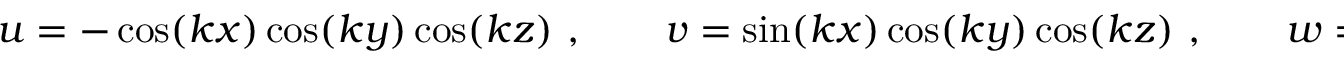
\begin{array} { r } { u = - \cos ( k x ) \cos ( k y ) \cos ( k z ) \ , \qquad v = \sin ( k x ) \cos ( k y ) \cos ( k z ) \ , \qquad w = 0 \ , } \end{array}